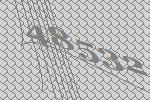
48532